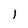
Character: l